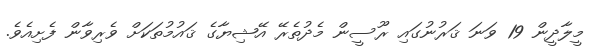
މީލާދީން 19 ވަނަ ޤަރުނުގައި ރޫސީން މެދުތެރޭ އޭޝިޔާގެ ޤައުމުތަކަށް ވެރިވާން ފެށިއެވެ.